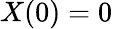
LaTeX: X(0)=0